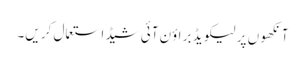
آنکھو ں پر لیکو یڈ بر اؤن آئی شیڈ استعمال کر یں۔